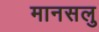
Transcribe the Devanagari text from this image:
मानसलु